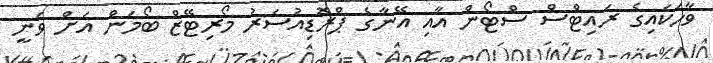
ވާހަކައިގެ ރައިޓްސް ސްޓޯން އާއި އޭނާގެ ޕްރޮޑިއުސަރު މޯރިޓޭޒް ބޯމަން އަށް ވަނީ